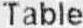
TABLE